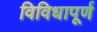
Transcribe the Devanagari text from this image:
विविधापूर्ण